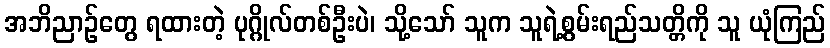
အဘိညာဉ်တွေ ရထားတဲ့ ပုဂ္ဂိုလ်တစ်ဦးပဲ၊ သို့သော် သူက သူရဲ့စွမ်းရည်သတ္တိကို သူ ယုံကြည်